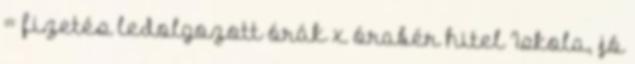
= fizetés ledolgozott órák x órabér hitel Iskola, jó